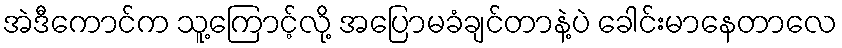
အဲဒီကောင်က သူ့ကြောင့်လို့ အပြောမခံချင်တာနဲ့ပဲ ခေါင်းမာနေတာလေ